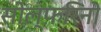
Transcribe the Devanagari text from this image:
सोल्फ़रिनो